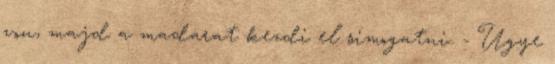
von, majd a madarat kezdi el simogatni. - Ugye